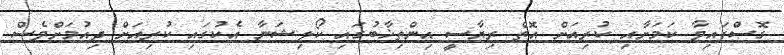
ގޮސްފައިވާ ކަމަށާއި ކުރިއަށް އޮތް ރިޔާސީ އިންތިޚާބުގައި ކޯލިޝަނާ އެކުގައި ކުރިއަށް ދިއުމަށްވެސް